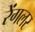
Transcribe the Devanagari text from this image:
रेंगलर